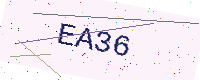
Text: EA36